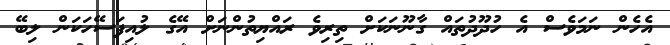
އެހެން ނަމަވެސް އެ ހުދޫދުތައް ގާނޫނަކަށް ތިރިވެ ރައްޔިތުންނަށް އޭގެ ލުއިފަސޭހަކަން ލިބޭ